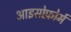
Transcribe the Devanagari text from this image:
आइसोफ़ोर्म